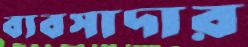
ব্যবসাদার